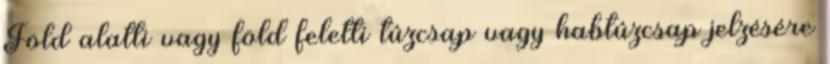
Föld alatti vagy föld feletti tûzcsap vagy habtûzcsap jelzésére